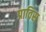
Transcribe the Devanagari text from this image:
प्राविस